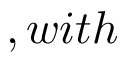
, w i t h